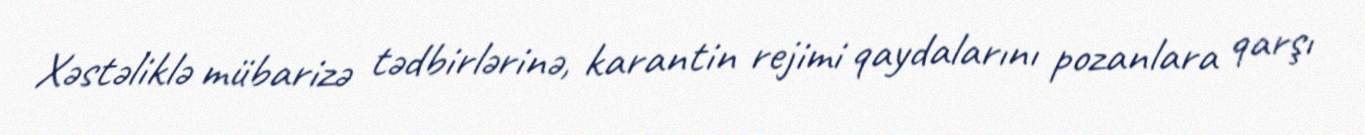
Xəstəliklə mübarizə tədbirlərinə, karantin rejimi qaydalarını pozanlara qarşı